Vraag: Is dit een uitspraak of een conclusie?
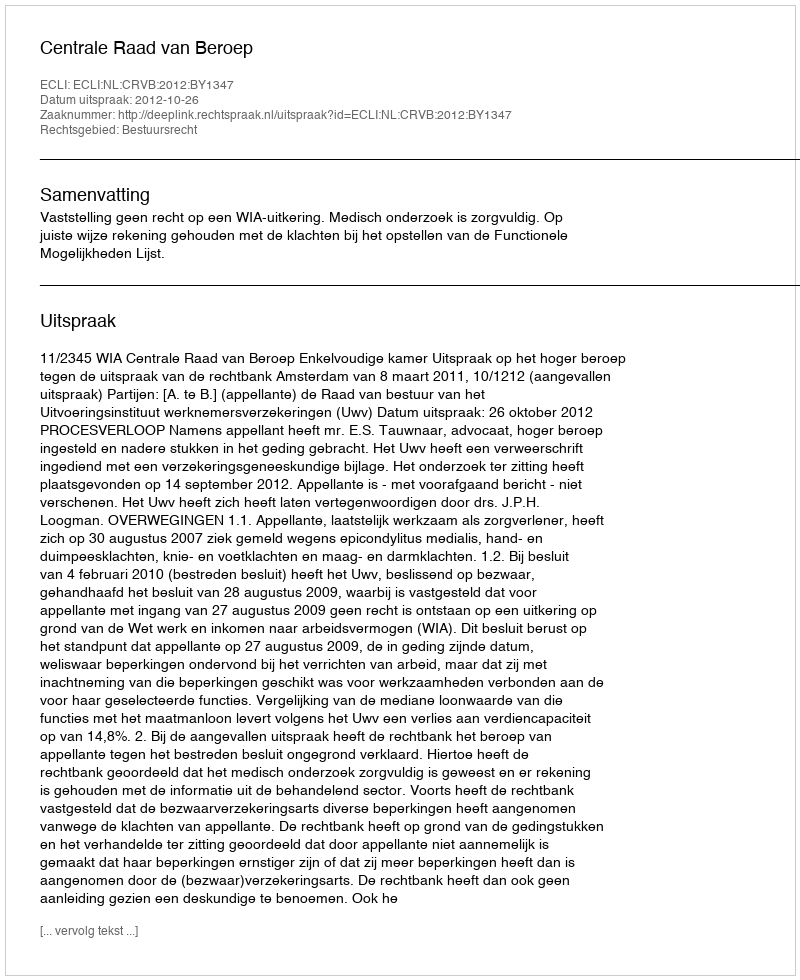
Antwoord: Uitspraak